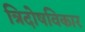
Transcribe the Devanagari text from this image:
त्रिदोषविकार